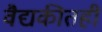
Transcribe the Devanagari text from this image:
वैद्यकीतही